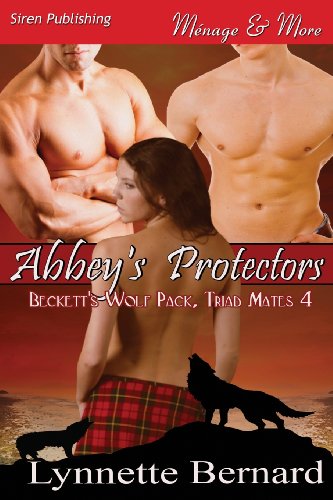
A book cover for Abbey's Protectors [Beckett's Wolf Pack, Triad Mates 4] (Siren Publishing Menage and More); Lynnette Bernard; Romance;